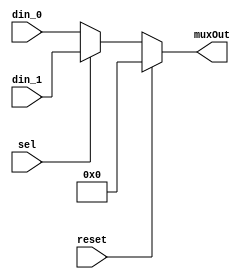
`timescale 1ns/1ps
module mux(
  input wire sel,
  input wire reset,
  input wire [3:0] din_0,
  input wire [3:0] din_1,
  output reg [3:0] muxOut);


  always @(*)
    begin
      if(!reset)
        begin
          if(sel==0)
            begin
              muxOut = din_0;
            end
          else
            begin
              muxOut = din_1;
            end
          end
      else
        begin
          muxOut = 4'b0000;
        end
    end
endmodule